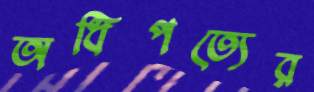
অধিপত্যের